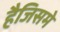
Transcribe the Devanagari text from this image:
हैजिसमे